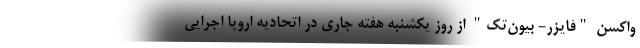
واکسن "فایزر- بیون‌تک" از روز یکشنبه هفته جاری در اتحادیه اروپا اجرایی